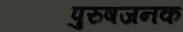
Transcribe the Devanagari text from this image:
पुरुषजनक